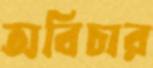
অবিচার